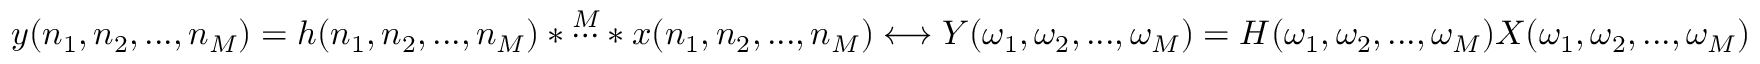
y ( n _ { 1 } , n _ { 2 } , . . . , n _ { M } ) = h ( n _ { 1 } , n _ { 2 } , . . . , n _ { M } ) * { \overset { M } { \cdots } } * x ( n _ { 1 } , n _ { 2 } , . . . , n _ { M } ) \longleftrightarrow Y ( \omega _ { 1 } , \omega _ { 2 } , . . . , \omega _ { M } ) = H ( \omega _ { 1 } , \omega _ { 2 } , . . . , \omega _ { M } ) X ( \omega _ { 1 } , \omega _ { 2 } , . . . , \omega _ { M } )